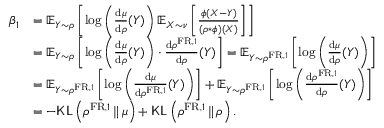
\begin{array} { r l } { \beta _ { 1 } } & { = \mathbb { E } _ { Y \sim \rho } \left[ \log \left( \frac { \mathrm { d } \mu } { \mathrm { d } \rho } ( Y ) \right) \mathbb { E } _ { X \sim \nu } \left[ \frac { \phi ( X - Y ) } { ( \rho * \phi ) ( X ) } \right] \right] } \\ & { = \mathbb { E } _ { Y \sim \rho } \left[ \log \left( \frac { \mathrm { d } \mu } { \mathrm { d } \rho } ( Y ) \right) \cdot \frac { \mathrm { d } \rho ^ { \mathrm { F R } , 1 } } { \mathrm { d } \rho } ( Y ) \right] = \mathbb { E } _ { Y \sim \rho ^ { \mathrm { F R } , 1 } } \left[ \log \left( \frac { \mathrm { d } \mu } { \mathrm { d } \rho } ( Y ) \right) \right] } \\ & { = \mathbb { E } _ { Y \sim \rho ^ { \mathrm { F R } , 1 } } \left[ \log \left( \frac { \mathrm { d } \mu } { \mathrm { d } \rho ^ { \mathrm { F R } , 1 } } ( Y ) \right) \right] + \mathbb { E } _ { Y \sim \rho ^ { \mathrm { F R } , 1 } } \left[ \log \left( \frac { \mathrm { d } \rho ^ { \mathrm { F R } , 1 } } { \mathrm { d } \rho } ( Y ) \right) \right] } \\ & { = - \mathsf { K L } \left( \rho ^ { \mathrm { F R } , 1 } \, \Vert \, \mu \right) + \mathsf { K L } \left( \rho ^ { \mathrm { F R } , 1 } \, \Vert \, \rho \right) . } \end{array}